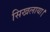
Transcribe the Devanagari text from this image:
सिखलाया।